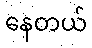
နေတယ်